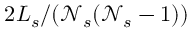
2 L _ { s } / ( \mathcal { N } _ { s } ( \mathcal { N } _ { s } - 1 ) )